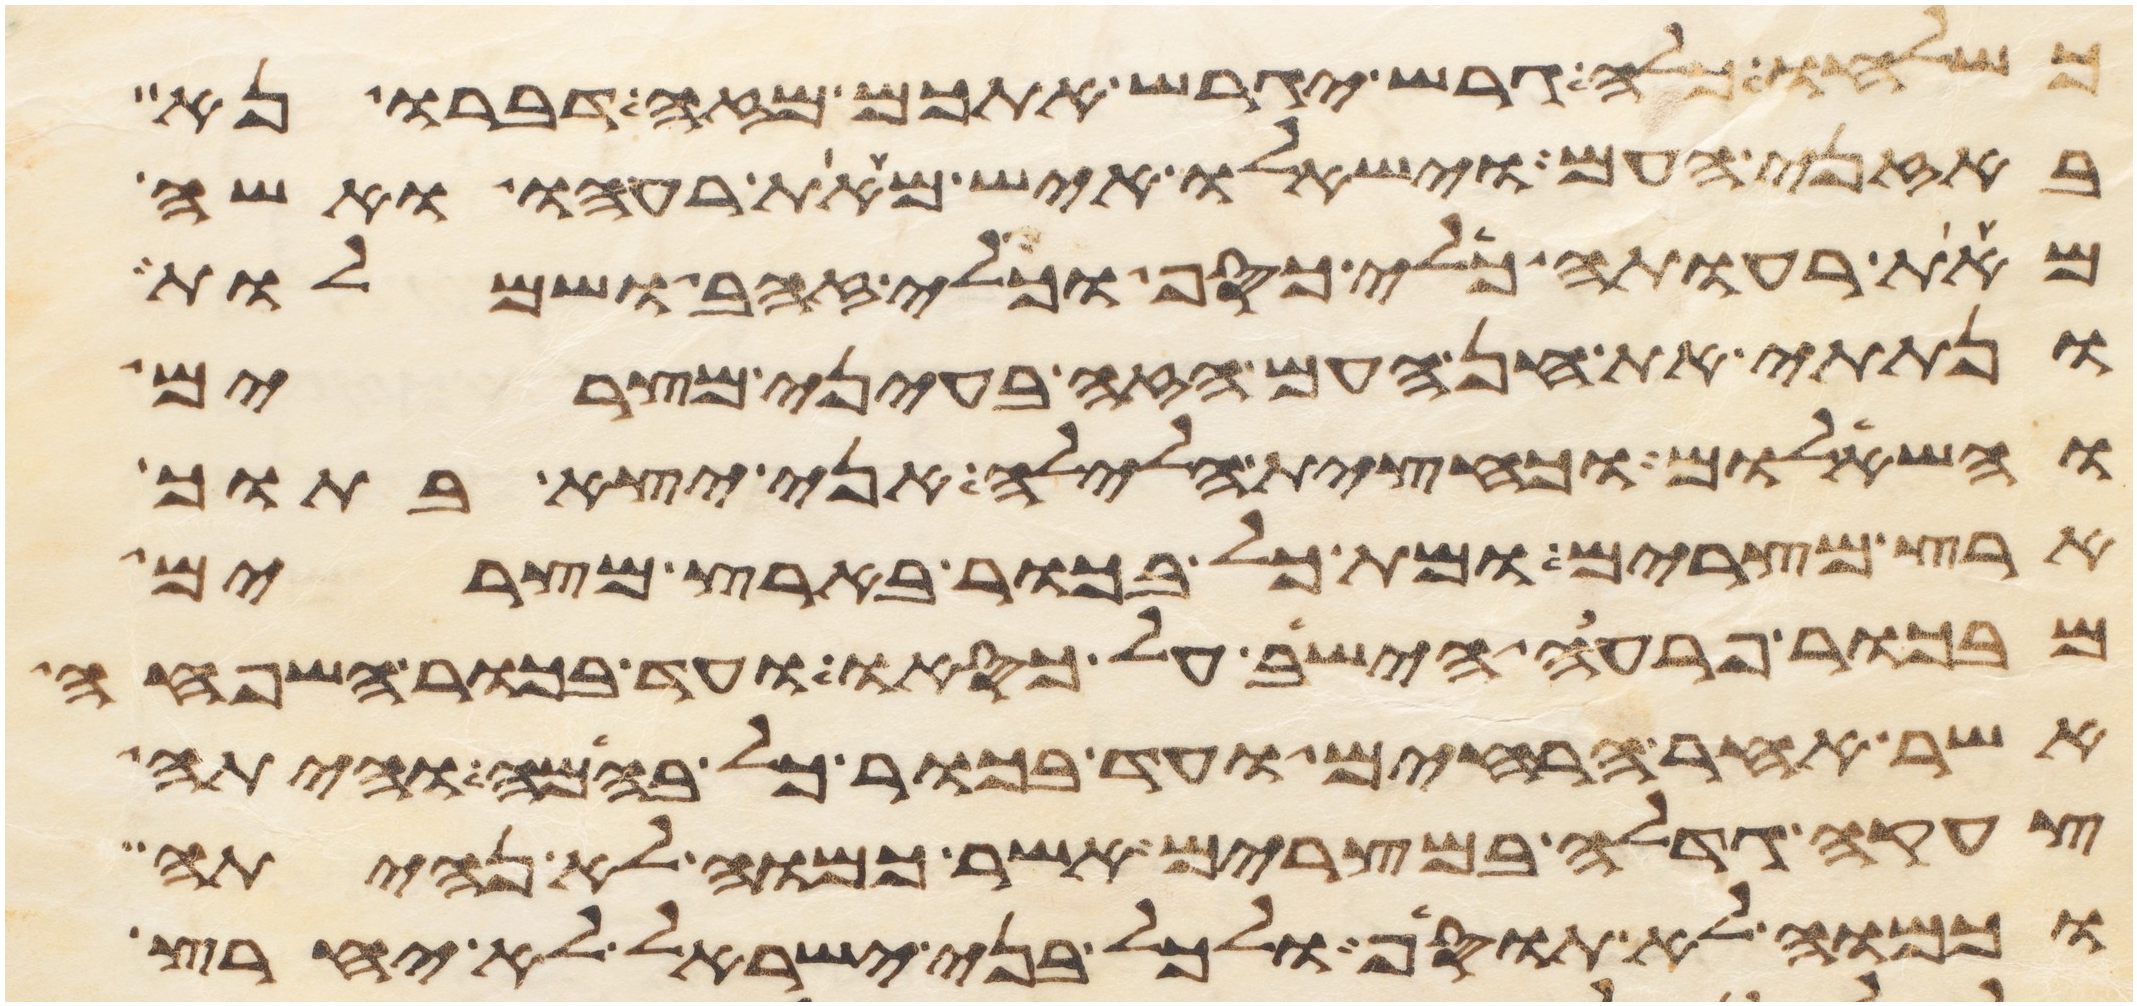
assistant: כשלחו כלה גרש יגרש אתכם מזה דברו נא
באזני העם וישאלו איש מאת רעהו ואשה
מאת רעותה כלי כסף וכלי זהב ושמלות
ונתתי את חן העם הזה בעיני מצרים
והשאלום וכחצית הלילה אני יצא בתוך
ארץ מצרים ומת כל בכור בארץ מצרים
מבכור פרעה הישב על כסאו ועד בכור השפחה
אשר אחר הרחים ועד בכור כל בהמה והיתה
צעקה גדלה במצרים אשר כמוה לא נהיתה
וכמוה לא תוסיף ולכל בני ישראל לא יחרץ